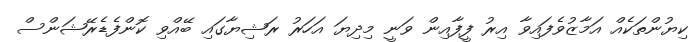
ކިޔުންތަކެއް އަމާޒުވެފައިވާ އިރު ފީފާއިން ވަނީ މިދިޔަ އަހަރު ރަޝިޔާގައި ބޭއްވި ކޮންފެޑެރޭޝަންސް